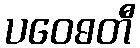
ပဝေဓတီ